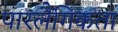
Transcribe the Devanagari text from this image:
पारलैंगिकता